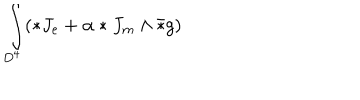
\int _ { D ^ { 4 } } ( * J _ { e } + \alpha * J _ { m } \wedge \bar { * } g )